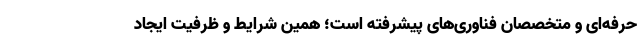
حرفه‌ای و متخصصان فناوری‌های پیشرفته است؛ همین شرایط و ظرفیت ایجاد